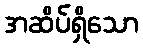
အဆိပ်ရှိသော